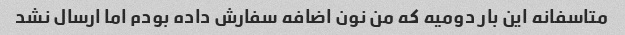
متاسفانه این بار دومیه که من نون اضافه سفارش داده بودم اما ارسال نشد